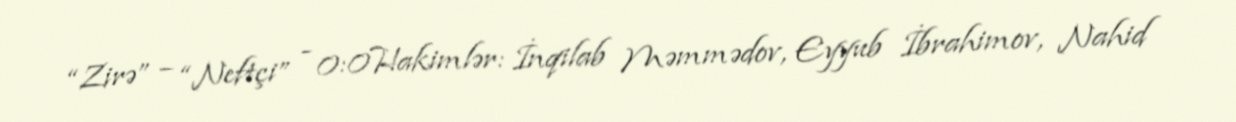
“Zirə” – “Neftçi” - 0:0Hakimlər: İnqilab Məmmədov, Eyyub İbrahimov, Nahid